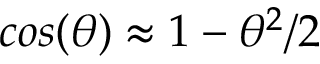
c o s ( \theta ) \approx 1 - \theta ^ { 2 } / 2